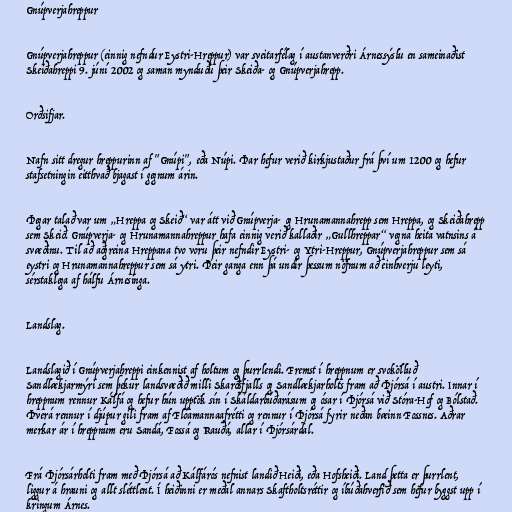
Gnúpverjahreppur

Gnúpverjahreppur (einnig nefndur Eystri-Hreppur) var sveitarfélag í austanverðri Árnessýslu en sameinaðist
Skeiðahreppi 9. júní 2002 og saman mynduðu þeir Skeiða- og Gnúpverjahrepp.

Orðsifjar.

Nafn sitt dregur hreppurinn af "Gnúpi", eða Núpi. Þar hefur verið kirkjustaður frá því um 1200 og hefur
stafsetningin eitthvað bjagast í gegnum árin.

Þegar talað var um „Hreppa og Skeið“ var átt við Gnúpverja- og Hrunamannahrepp sem Hreppa, og Skeiðahrepp
sem Skeið. Gnúpverja- og Hrunamannahreppur hafa einnig verið kallaðir „Gullhreppar“ vegna heita vatnsins á
svæðinu. Til að aðgreina Hreppana tvo voru þeir nefndir Eystri- og Ytri-Hreppur, Gnúpverjahreppur sem sá
eystri og Hrunamannahreppur sem sá ytri. Þeir ganga enn þá undir þessum nöfnum að einhverju leyti,
sérstaklega af hálfu Árnesinga.

Landslag.

Landslagið í Gnúpverjahreppi einkennist af holtum og þurrlendi. Fremst í hreppnum er svokölluð
Sandlækjarmýri sem þekur landsvæðið milli Skarðsfjalls og Sandlækjarholts fram að Þjórsá í austri. Innar í
hreppnum rennur Kálfá og hefur hún upptök sín í Skáldarbúðarásum og ósar í Þjórsá við Stóra-Hof og Bólstað.
Þverá rennur í djúpur gili fram af Flóamannaafrétti og rennur í Þjórsá fyrir neðan bæinn Fossnes. Aðrar
merkar ár í hreppnum eru Sandá, Fossá og Rauðá, allar í Þjórsárdal.

Frá Þjórsárholti fram með Þjórsá að Kálfárós nefnist landið Heiði, eða Hofsheiði. Land þetta er þurrlent,
liggur á hrauni og allt sléttlent. Í heiðinni er meðal annars Skaftholtsréttir og íbúðahverfið sem hefur byggst upp í
kringum Árnes.